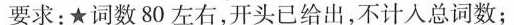
要求:★词数80左右,开头已给出,不计人总词数;